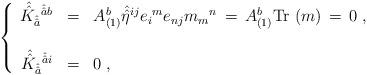
LaTeX: \begin{align*}\left\{\begin{array}{rcl}\hat{\hat{K}}_{\hat{\hat{a}}}{}^{\hat{\hat{a}}b} & = & A_{(1)}^{b}\hat{\hat{\eta}}^{ij}{e_{i}}^{m}e_{nj}{m_{m}}^{n} \,=\, A_{(1)}^{b} {\rm Tr}\ (m) \,=\, 0 \; , \\& & \\\hat{\hat{K}}_{\hat{\hat{a}}}{}^{\hat{\hat{a}}i} & = & 0 \; ,\end{array}\right.\end{align*}